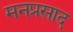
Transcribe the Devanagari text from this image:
मनप्रसाद